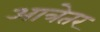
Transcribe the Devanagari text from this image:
आत्रेतर